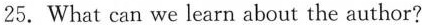
25. What can we learn about the author?